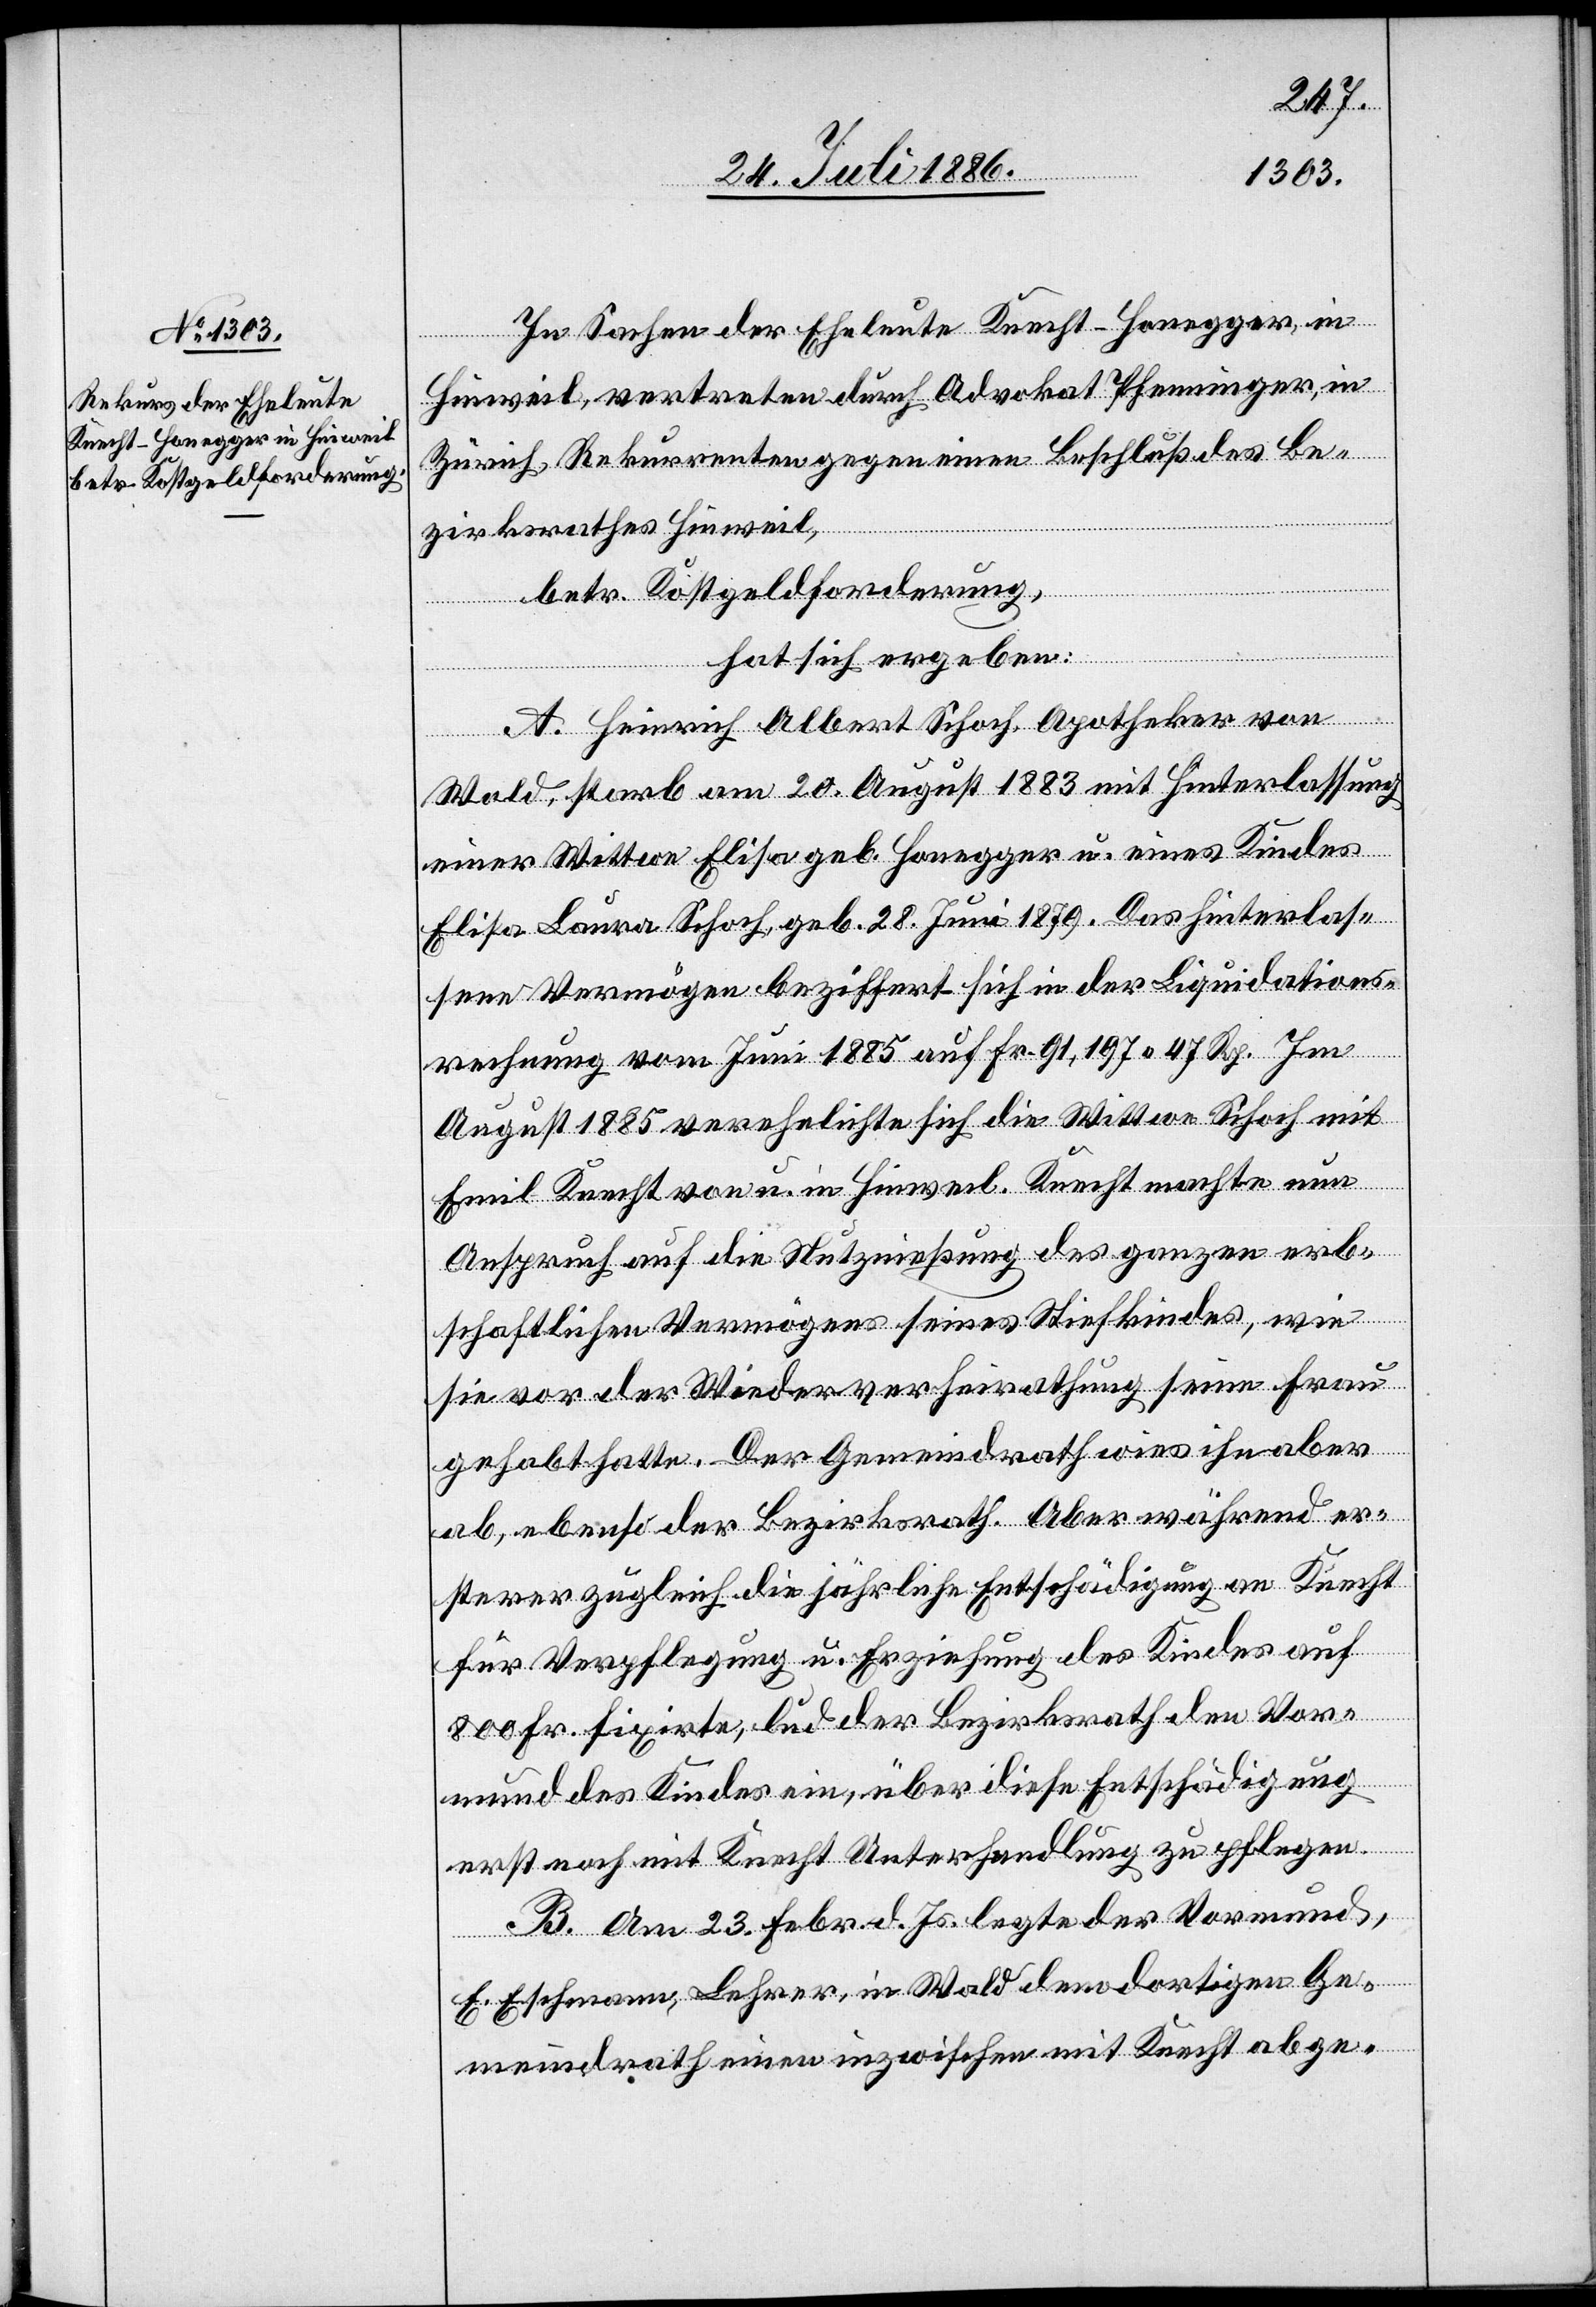
In Sachen der Eheleute Knecht-Honegger, in
Hinweil, vertreten durch Advokat Pfenninger, in
Zürich, Rekurrenten gegen einen Beschluß des Be¬
zirksrathes Hinweil,
betr. Kostgeldforderung,
hat sich ergeben:
A. Heinrich Albert Schoch, Apotheker von
Wald, starb am 20. August 1883 mit Hinterlassung
einer Wittwe Elisa geb. Honegger u. eines Kindes
Elisa Laura Schoch, geb. 28. Juni 1879. Das hinterlas¬
sene Vermögen beziffert sich in der Liquidations¬
rechnung vom Juni 1885 auf Fr. 91,197 47 Rp. Im
August 1885 verehelichte sich die Wittwe Schoch mit
Emil Knecht von u. in Hinweil. Knecht machte nun
Anspruch auf die Nutznießung des ganzen erb¬
schaftlichen Vermögens seines Stiefkindes, wie
sie vor der Wiederverheirathung seine Frau
gehabt hatte. Der Gemeindrath wies ihn aber
ab, ebenso der Bezirksrath. Aber während er¬
sterer zugleich die jährliche Entschädigung an Knecht
für Verpflegung u. Erziehung des Kindes auf
800 Fr. fixirte, lud der Bezirksrath den Vor¬
mund des Kindes ein, über diese Entschädigung
erst noch mit Knecht Unterhandlung zu pflegen.
B. Am 23. Febr. d. Js. legte der Vormund,
E. Eschmann, Lehrer, in Wald dem dortigen Ge¬
meindrath einen inzwischen mit Knecht abge-